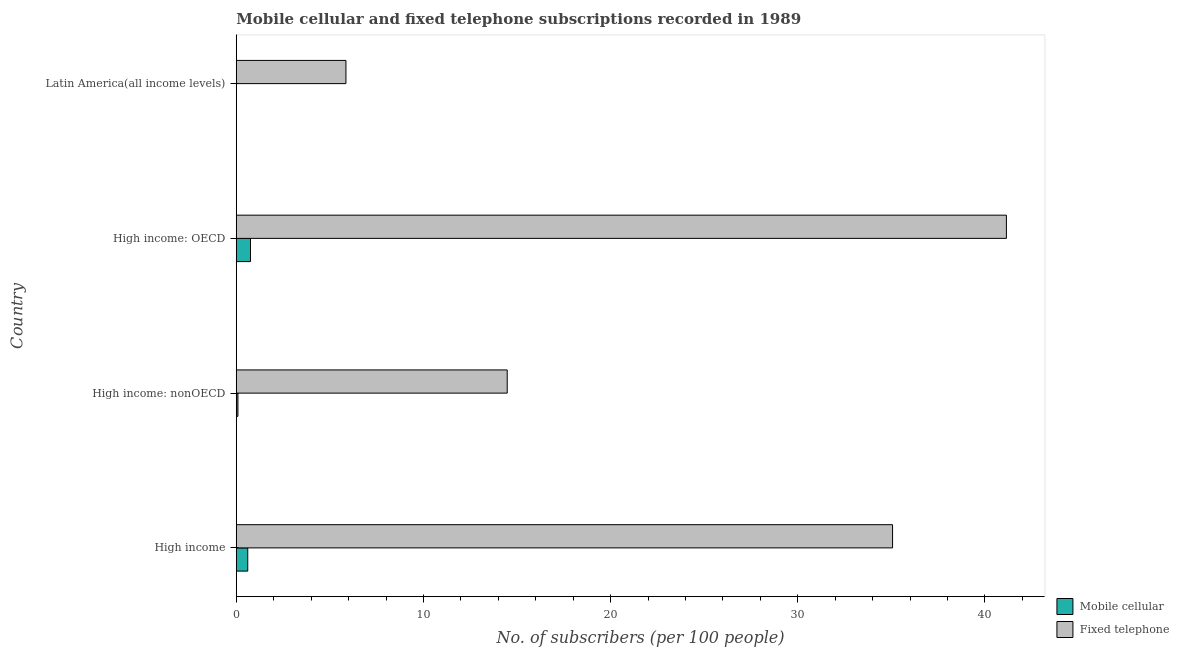
| Country | Mobile cellular | Fixed telephone |
 | --- | --- | --- |
 | High income | 0.614 | 35.1 |
 | High income: nonOECD | 0.089 | 14.5 |
 | High income: OECD | 0.76 | 41.1 |
 | Latin America(all income levels) | 0.00722 | 5.86 |